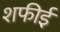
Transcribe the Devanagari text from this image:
शफीई